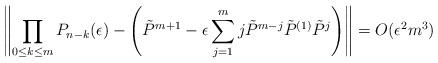
LaTeX: \begin{align*}\left\| \prod_{0\le k \le m} P_{n-k}(\epsilon) - \left(\tilde{{P}}^{m+1} -\epsilon\sum_{j=1}^{m} j \tilde{P}^{m-j}\tilde{P}^{(1)} \tilde{P}^{j} \right) \right\| = O(\epsilon^2 m^3) \end{align*}